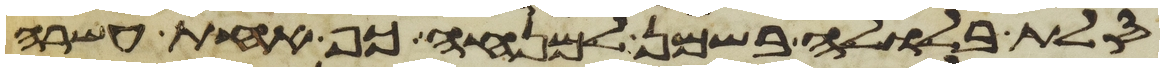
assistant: סלת בלולה בשמן למנחה כף אחת עשרה